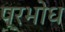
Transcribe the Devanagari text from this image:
प्रभोध